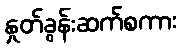
နှုတ်ခွန်းဆက်စကား